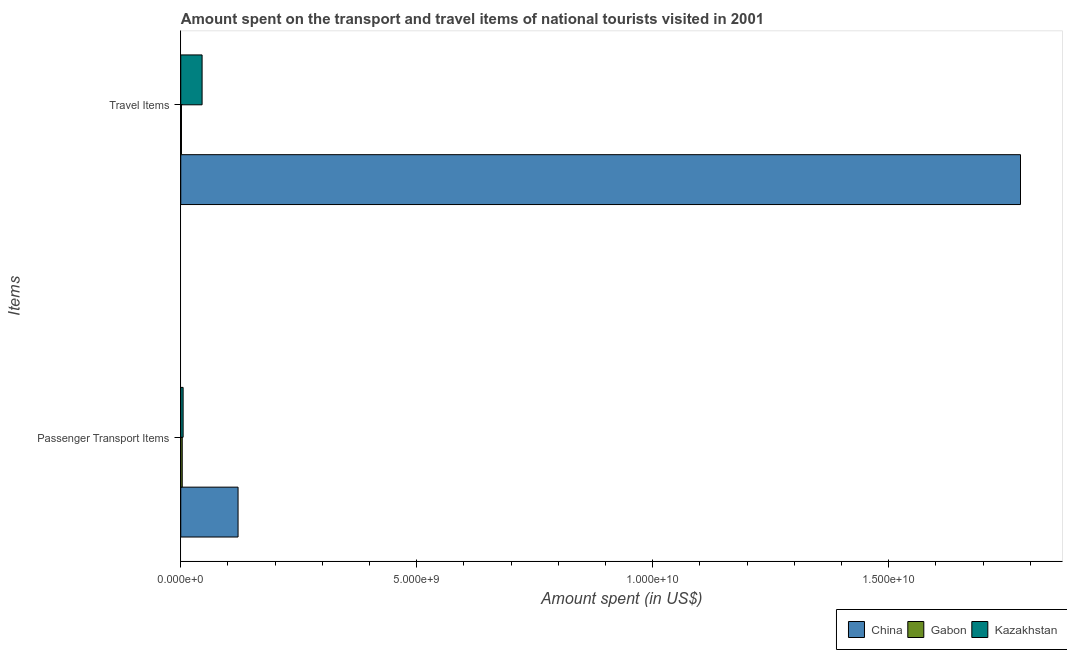
| Items | China | Gabon | Kazakhstan |
 | --- | --- | --- | --- |
 | Passenger Transport Items | 1.21e+09 | 3.1e+07 | 5e+07 |
 | Travel Items | 1.78e+10 | 1.5e+07 | 4.52e+08 |